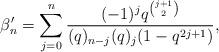
LaTeX: \begin{align*} \beta'_n = \sum_{j=0}^n \frac{(-1)^jq^{\binom{j+1}{2}}}{(q)_{n-j}(q)_{j}(1-q^{2j+1})}, \end{align*}